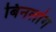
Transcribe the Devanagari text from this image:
बिनलांग